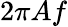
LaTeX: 2\pi Af